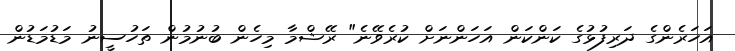
އަހަރެންގެ ދަރިފުޅުގެ ކަންކަން އަހަންނަށް ކުރެވޭނެ" ރޭޝްމާ މިހެން ބުނުމުން ތަހުސީނު މަޑުމަޑުން